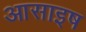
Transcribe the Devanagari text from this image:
आसाइष